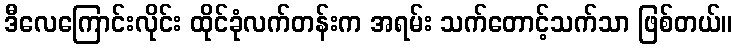
ဒီလေကြောင်းလိုင်း ထိုင်ခုံလက်တန်းက အရမ်း သက်တောင့်သက်သာ ဖြစ်တယ်။